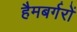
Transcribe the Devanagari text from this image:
हैमबर्गरों